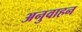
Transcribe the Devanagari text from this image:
अनुवाहन